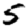
Digit: 5